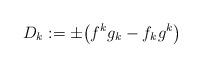
LaTeX: \begin{align*}D_k:=\pm\big( f^kg_k-f_kg^k\big)\end{align*}